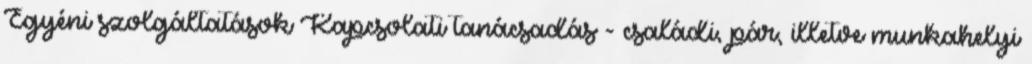
Egyéni szolgáltatások Kapcsolati tanácsadás - családi, pár, illetve munkahelyi